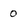
Character: 0